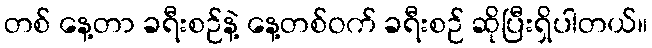
တစ် နေ့တာ ခရီးစဉ်နဲ့ နေ့တစ်ဝက် ခရီးစဉ် ဆိုပြီးရှိပါတယ်။